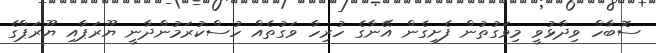
ސޮބާހް ވިދާޅުވީ މިވަގުތުން ފެށިގެން އޭނާގެ ހުރިހާ ވަގުތެއް ހުސްކުރަމުންދާނީ ޔޫރަޕާއި ޔޫރަޕްގެ